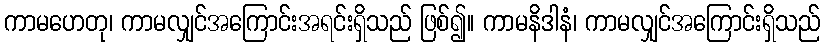
ကာမဟေတု၊ ကာမလျှင်အကြောင်းအရင်းရှိသည် ဖြစ်၍။ ကာမနိဒါနံ၊ ကာမလျှင်အကြောင်းရှိသည်